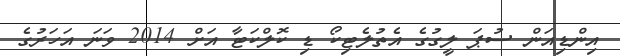
އިންޑިއަން ސުޕަ ލީގުގެ އެތުލެޓިކޯ ޑި ކޮލްކަޓާ އަށް 2014 ވަނަ އަހަރުގެ